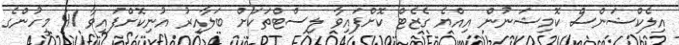
އިލެކްޝަންސް ކޮމިޝަނުން އިއްޔެ ގެޒެޓް ކޮށްފައިވާ ލިސްޓްތަކަށް ބަލާއިރު އުނިކޮށްފައިވާ 41 މީހުންގެ